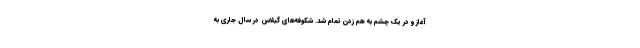
آغاز و در یک چشم به هم زدن تمام شد. شکوفه‌های گیلاس در سال جاری به